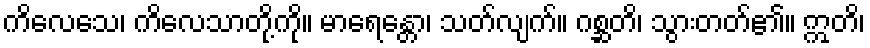
ကိလေသေ၊ ကိလေသာတို့ကို။ မာရေန္တော၊ သတ်လျက်။ ဂစ္ဆတိ၊ သွားတတ်၏။ ဣတိ၊